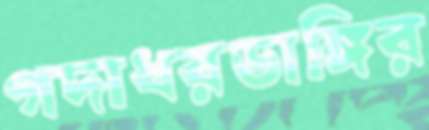
গদাধরডাঙ্গির